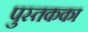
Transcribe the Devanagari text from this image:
पुस्तकका